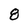
Character: 8